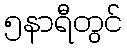
၅နာရီတွင်